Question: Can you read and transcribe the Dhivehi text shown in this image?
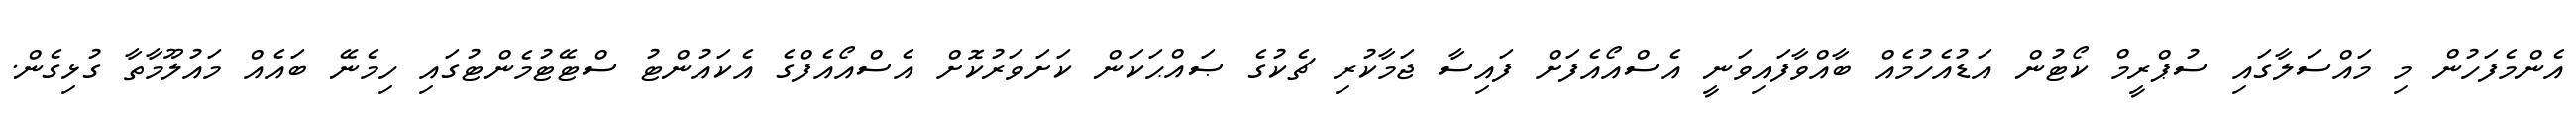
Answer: އެންމެފަހުން މި މައްސަލާގައި ސުޕްރީމް ކޯޓުން އަޑުއެހުމެއް ބާއްވާފައިވަނީ އެސްއޯއެފަށް ފައިސާ ޖަމާކުރި ޗެކުގެ ޞައްޙަކަން ކަށަވަރުކޮށް އެސްއޯއެފްގެ އެކައުންޓު ސްޓޭޓުމެންޓުގައި ހިމެނޭ ބައެއް މައުލޫމާތާ ގުޅިގެން.